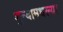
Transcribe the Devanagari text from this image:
शुन्यामधल्या